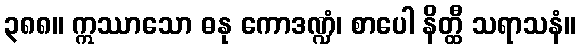
၃၈၈။ ဣဿာသော ဓနု ကောဒဏ္ဍံ၊ စာပေါ နိတ္ထီ သရာသနံ။